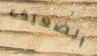
الضعيف